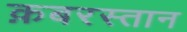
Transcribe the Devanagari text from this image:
क़बरस्तान